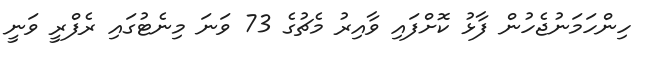
ހިންހަމަނުޖެހުން ފާޅު ކޮށްފައި ވާއިރު މެޗުގެ 73 ވަނަ މިނެޓުގައި ރެފްރީ ވަނީ